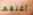
أغلقها